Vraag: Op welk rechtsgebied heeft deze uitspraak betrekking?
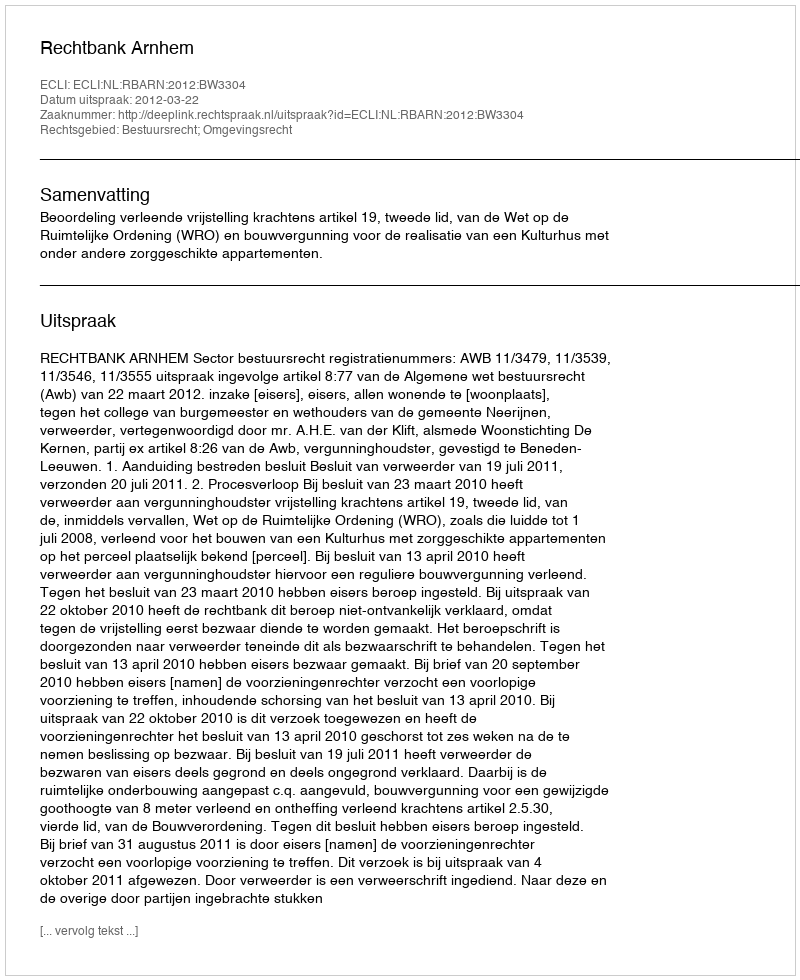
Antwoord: Bestuursrecht; Omgevingsrecht